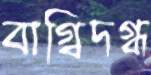
বাগ্‌বিদগ্ধ